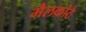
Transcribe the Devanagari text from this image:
मैलकोठे